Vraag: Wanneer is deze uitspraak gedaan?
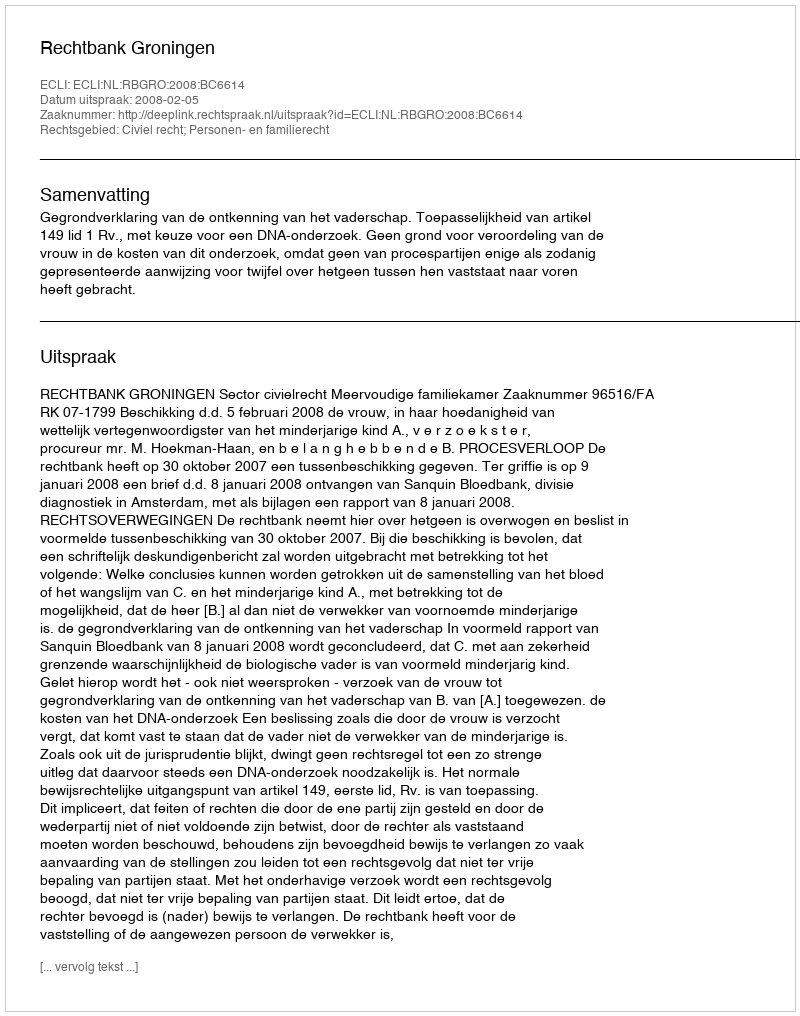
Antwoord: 2008-02-05